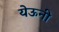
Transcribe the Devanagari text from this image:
येऊनी